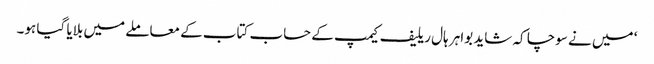
‘ میں نے سوچا کہ شاید بواہر ہال ریلیف کیمپ کے حساب کتاب کے معاملے میں بلایا گیا ہو۔